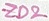
Text: ZD2